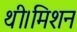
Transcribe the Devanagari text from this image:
थी।मिशन